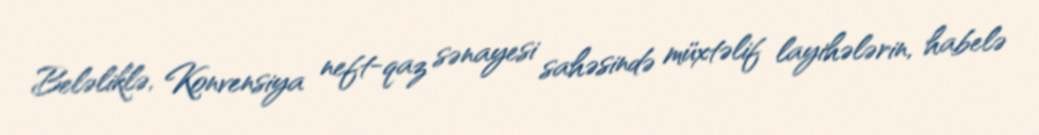
Beləliklə, Konvensiya neft-qaz sənayesi sahəsində müxtəlif layihələrin, habelə